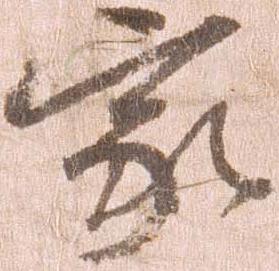
家